Civil Veterinary Department. Madras. Admin. report 1926-33 - 1926-1933
Year: 1926
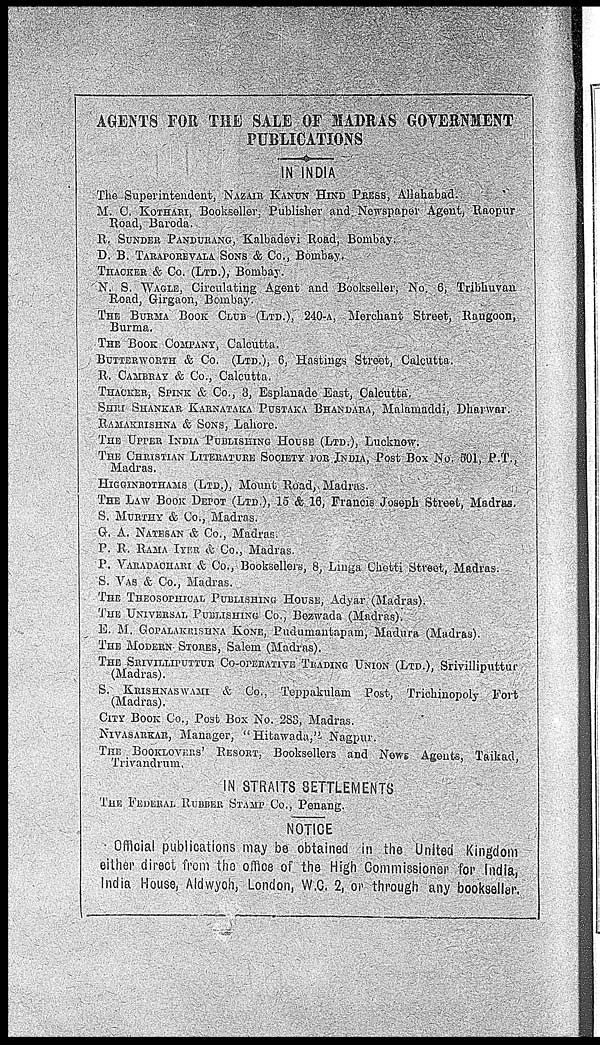
AGENTS FOR THE SALE OF MADRAS GOVERNMENT
PUBLICATIONS
IN INDIA
The Superintendent, NAZAIR KANUN HIND PRESS, Allahabad.
M. C. KOTHARI, Bookseller. Publisher and Newspaper Agent, Raopur
Road, Baroda.
R. SUNDER PANDURANG, Kalbadevi Road, Bombay.
D. B. TARAPOREVALA SONS & Co., Bombay.
THACKER & Co. (LTD.), Bombay.
N. S. WAGLE, Circulating Agent and Bookseller, No. 6, Tribhuvan
Road, Girgaon, Bombay.
THE BURMA BOOK CLUB (LTD.), 240-A, Merchant Street, Rangoon,
Burma.
THE BOOK COMPANY, Calcutta.
BUTTERWORTH & Co. (LTD.), 6. Hastings Street, Calcutta.
R. CAMBRAY & Co., Calcutta.
THACKER, SPINK & Co., 3, Esplanade East, Calcutta.
SHRI SHANKAR KARNATAKA PUSTAKA BHANDARA, Malamaddi, Dharwar.
RAMAKRISHNA & SONS, Lahore.
THE UPPER INDIA PUBLISHING HOUSE (LTD.), Lucknow.
THE CHRISTIAN LITERATURE SOCIETY FOR INDIA, Post Box No. 501, P.T.,
Madras.
HIGGINBOTHAMS (LTD.), Mount Road, Madras.
THE LAW BOOK DEPOT (LTD.), 15 &. 16, Francis Joseph Street, Madras.
S. MURTHY & Co., Madras.
G. A. NATESAN & Co., Madras.
P. R. RAMA IYER & Co., Madras.
P. VARADAOHAR & Co., Booksellers, 8, Lmga Chetti Street, Madras.
S. VAS & Co., Madras.
THE THEOSOPHICAL PUBLISHING HOUSE, Adyar (Madras).
THE UNIVERSAL PUBLISHING Co., Bezwada (Madras).
E. M. GOPALAKRISHNA KONE, Pudumantapam, Madura (Madras).
THE MODERN STORES, Salem (Madras).
THE SRIVILLIPUTTUR CO-OPERATIVE TRADING UNION (LTD.), Srivilliputtur
(Madras).
S. KRISHNASWAMI & Co., Teppakulam Post, Triehinopoly Fort
(Madras).
CITY BOOK Co., Post Box No. 2S3, Madras.
NIVASARKAR, Manager, "Hitawada," Nagpur.
THE BOOKLOVERS' RESORT, Booksellers and News Agents, Taikad,
Trivandrum.
IN STRAITS SETTLEMENTS
THE FEDERAL RUBBER STAMP Co., Penang.
NOTICE
Official publications may be obtained in the United Kingdom
either direct from the office of the High Commissioner for India,
India House, Aldwyoh, London, W.C. 2, or through any bookseller.